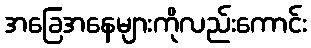
အခြေအနေများကိုလည်းကောင်း